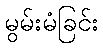
မွမ်းမံခြင်း